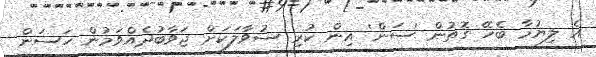
އެ ލިޔުމާ ބެހޭ ގޮތުން 'ސަން' އިން ކުރި ސުވާލަކަށް ޖަވާބުދެއްވަމުން ހަސަން